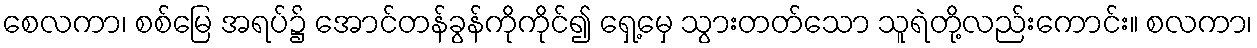
စေလကာ၊ စစ်မြေ အရပ်၌ အောင်တန်ခွန်ကိုကိုင်၍ ရှေ့မှေ သွားတတ်သော သူရဲတို့လည်းကောင်း။ စလကာ၊